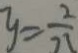
y = \frac { 2 } { 2 1 }